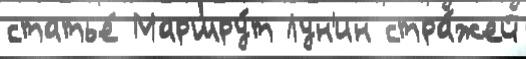
статье́ Маршру́т Лун'ин стра́жей